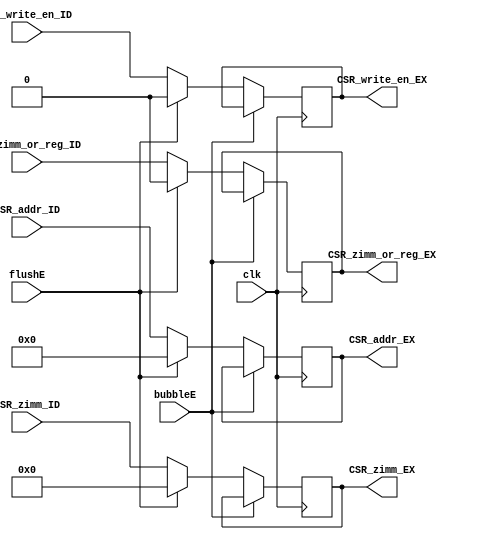
`timescale 1ns / 1ps
// 
    // ?

module CSR_EX(
    input wire clk, bubbleE, flushE,
    input wire [11:0] CSR_addr_ID,
    input wire [31:0] CSR_zimm_ID,
    input wire CSR_zimm_or_reg_ID,
    input wire CSR_write_en_ID,
    output reg [11:0] CSR_addr_EX,
    output reg [31:0] CSR_zimm_EX,
    output reg CSR_zimm_or_reg_EX,
    output reg CSR_write_en_EX
    );

    // TODO: Complete this module

    /* FIXME: Write your code here... */
    initial 
    begin
        CSR_addr_EX = 12'h0;
        CSR_zimm_EX = 32'h0;
        CSR_zimm_or_reg_EX = 0;
        CSR_write_en_EX = 0;

    end
    
    always@(posedge clk)
        if (!bubbleE) 
        begin
            if (flushE)
            begin
                CSR_addr_EX <= 12'h0;
                CSR_zimm_EX <= 32'h0;
                CSR_zimm_or_reg_EX <= 0;
                CSR_write_en_EX <= 0;
            end
            else
            begin
                CSR_addr_EX <= CSR_addr_ID;
                CSR_zimm_EX <= CSR_zimm_ID;
                CSR_zimm_or_reg_EX <= CSR_zimm_or_reg_ID;
                CSR_write_en_EX <= CSR_write_en_ID;
            end
        end
endmodule